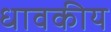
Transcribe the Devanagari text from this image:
धावकीय